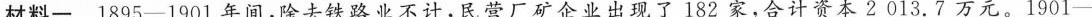
材料一 1895——1901年间，除去铁路业不计，民营厂矿企业出现了182家，合计资本2013.7万元。1901——